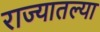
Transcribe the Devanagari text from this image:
राज्‍यातल्‍या